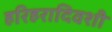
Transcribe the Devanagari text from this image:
हरिहरादिवशी